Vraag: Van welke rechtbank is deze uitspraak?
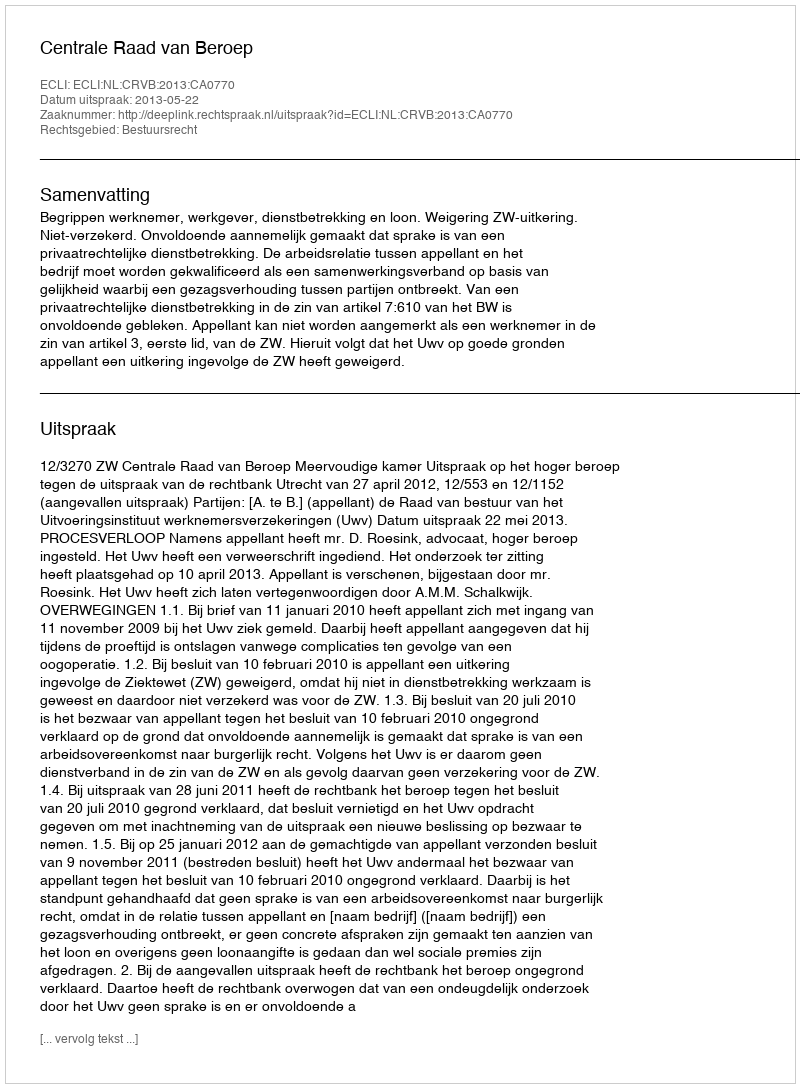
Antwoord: Centrale Raad van Beroep